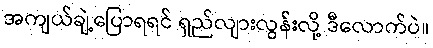
အကျယ်ချဲ့ပြောရရင် ရှည်လျားလွန်းလို့ ဒီလောက်ပဲ။